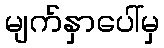
မျက်နှာပေါ်မှ